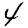
Digit: 4